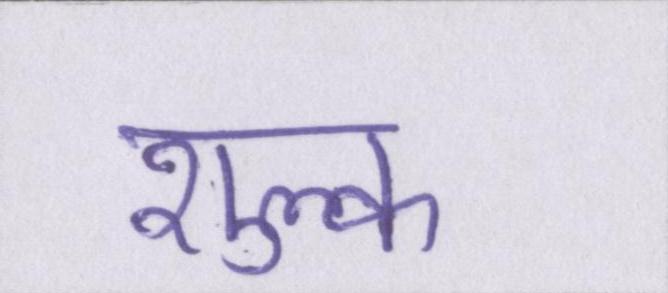
शुल्क